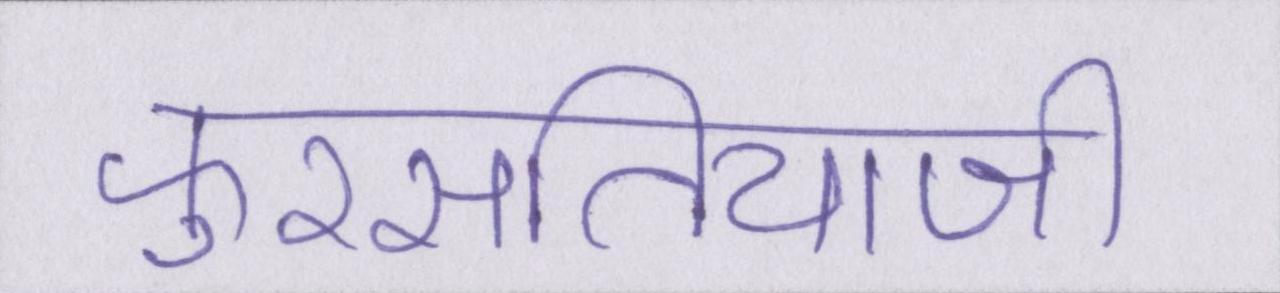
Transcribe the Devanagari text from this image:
फुरसतियाजी